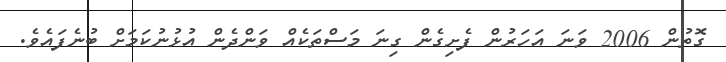
ގޮތުން 2006 ވަނަ އަހަރުން ފެށިގެން ގިނަ މަސްތަކެއް ވަންދެން އުޅުނުކަމަށް ބުނެފައެވެ.